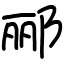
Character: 郦